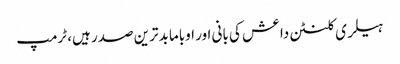
ہیلری کلنٹن داعش کی بانی اور اوباما بدترین صدر ہیں، ٹرمپ